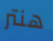
هنتر